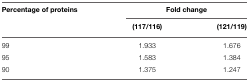
<table><thead><tr><td><b>Percentage of proteins</b></td><td colspan="2"><b>Fold change</b></td></tr><tr><td></td><td><b>(117/116)</b></td><td><b>(121/119)</b></td></tr></thead><tbody><tr><td>99</td><td>1.933</td><td>1.676</td></tr><tr><td>95</td><td>1.583</td><td>1.384</td></tr><tr><td>90</td><td>1.375</td><td>1.247</td></tr></tbody></table>